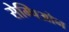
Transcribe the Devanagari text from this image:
सेम्पिओन